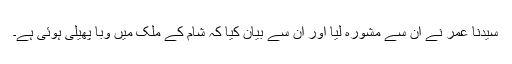
سیدنا عمرؓ نے ان سے مشورہ لیا اور ان سے بیان کیا کہ شام کے ملک میں وبا پھیلی ہوئی ہے۔